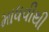
માધવીથી